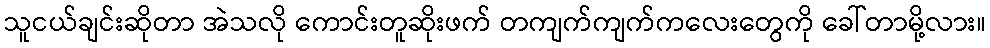
သူငယ်ချင်းဆိုတာ အဲသလို ကောင်းတူဆိုးဖက် တကျက်ကျက်ကလေးတွေကို ခေါ်တာမို့လား။